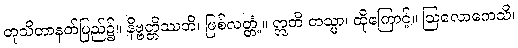
တုသိတာနတ်ပြည်၌။ နိဗ္ဗတ္တိဿတိ၊ ဖြစ်လတ္တံ့။ ဣတိ တသ္မာ၊ ထိုကြောင့်။ ဩလောကေသိ၊